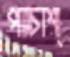
পাচাশ্